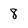
Character: 8